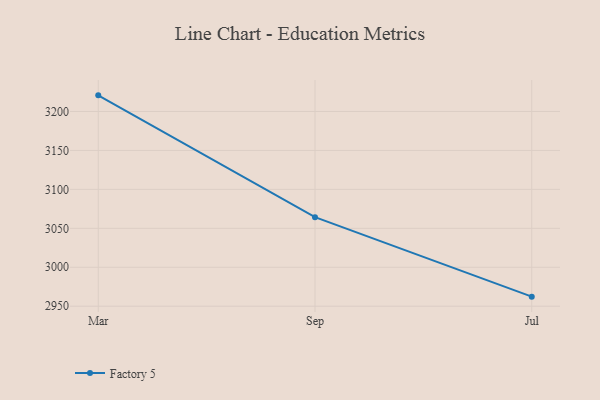
{"axis": {"x": "Month", "y": "Net Income (USD K)"}, "legend": ["Factory 5"], "data": [{"x": "Mar", "y": 3220.7, "type": "Factory 5"}, {"x": "Sep", "y": 3064.3, "type": "Factory 5"}, {"x": "Jul", "y": 2962.3, "type": "Factory 5"}]}